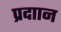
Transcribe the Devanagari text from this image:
प्रदाान